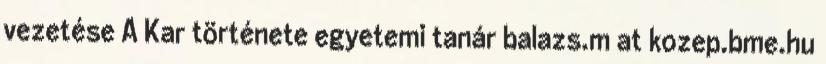
vezetése A Kar története egyetemi tanár balazs.m at kozep.bme.hu